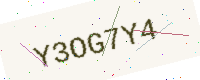
Text: Y3OG7Y4